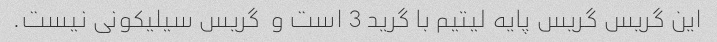
این گریس گریس پایه لیتیم با گرید 3 است و  گریس سیلیکونی نیست.